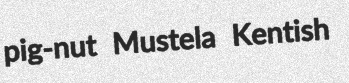
pig-nut Mustela Kentish